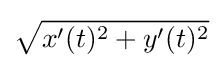
{\sqrt {x'(t)^{2}+y'(t)^{2}}}